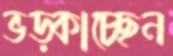
ভড়্‌কাচ্ছেন